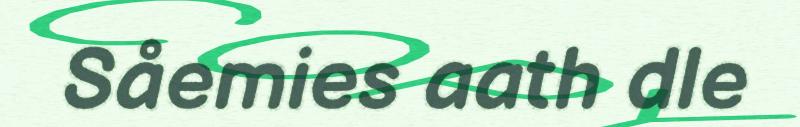
Såemies aath dle